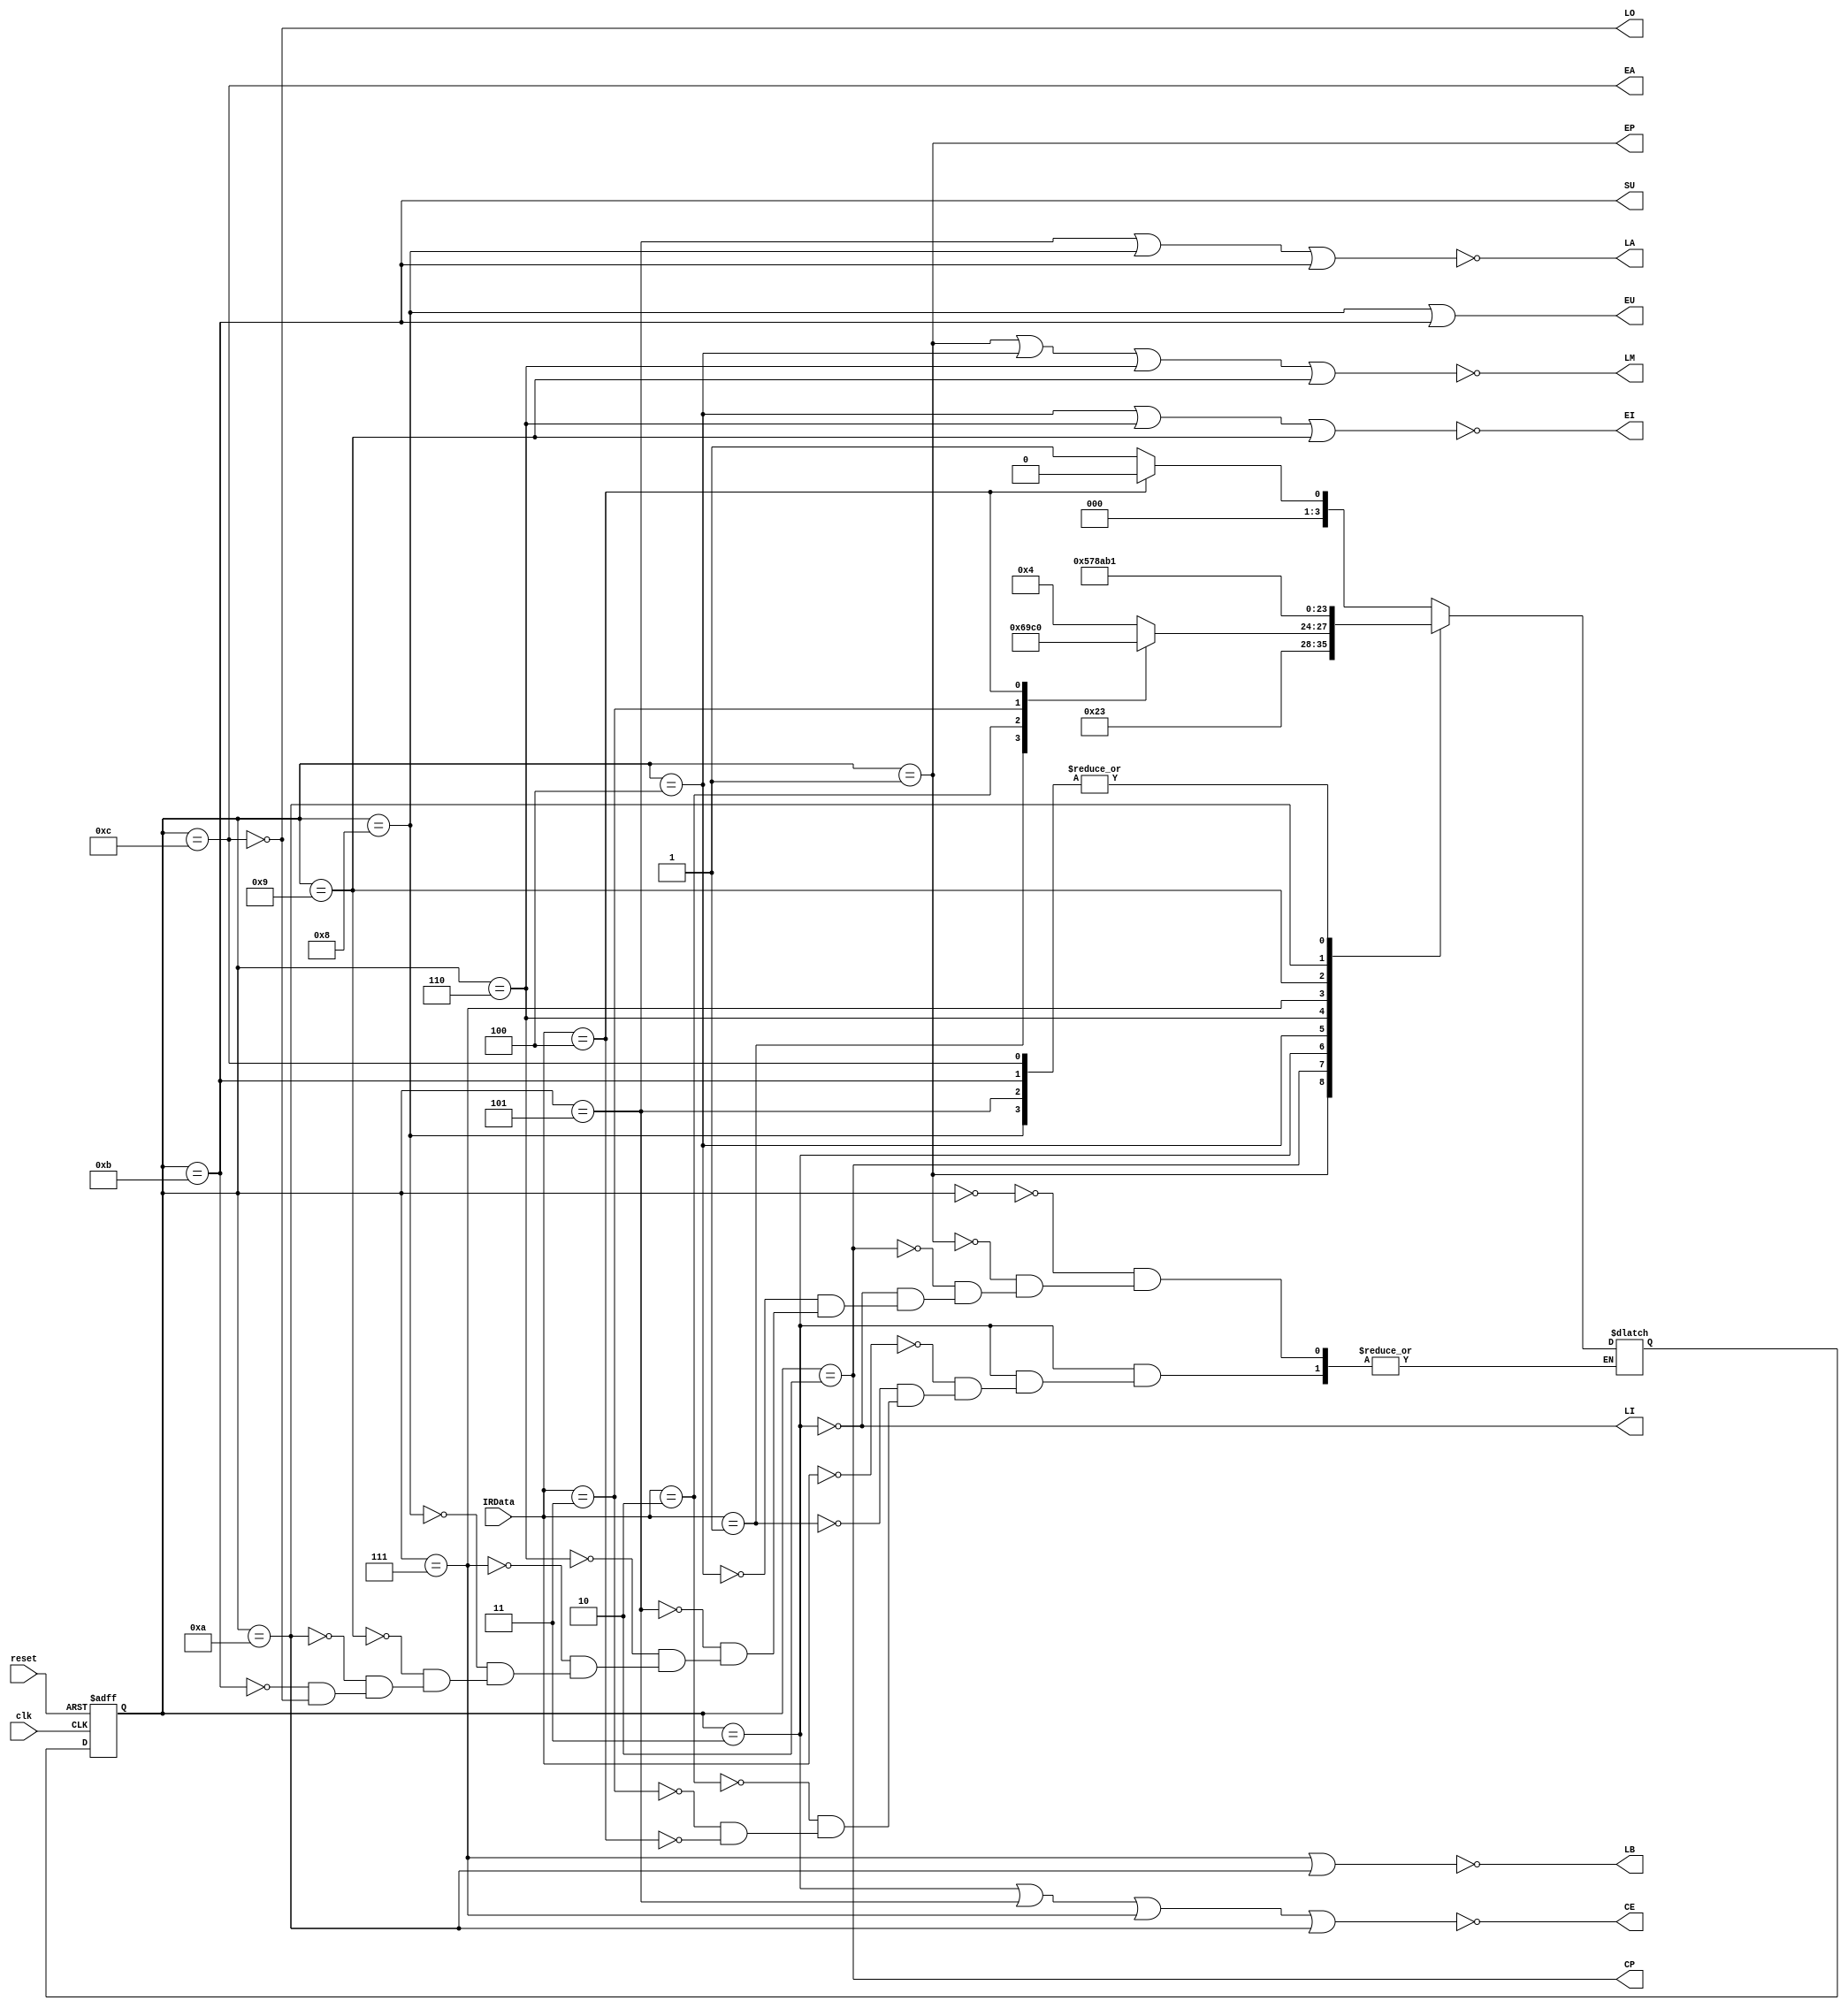
module SAPCONTROLLER(clk, reset, IRData, CP, EP, LM, CE, LI, EI, LA, EA, SU, EU, LB, LO);
	input [3:0] IRData;
	input clk, reset;
	output CP, EP, LM, CE, LI, EI, LA, EA, SU, EU, LB, LO;
	reg [3:0] y, Y;
	parameter [3:0] S0 = 4'b0000, S1 = 4'b0001, S2 = 4'b0010, S3 = 4'b0011, S4 = 4'b0100, S5 = 4'b0101, S6 = 4'b0110, S7 = 4'b0111, S8 = 4'b1000, S9 = 4'b1001, S10 = 4'b1010, S11 = 4'b1011, S12 = 4'b1100;
	
	always @(negedge reset, posedge clk)
		if (reset == 0)
			y <= S0;
		else
			y <= Y;


	always @(IRData, y)
	begin
		case(y)
			S0: begin
				if (IRData == 4'd4)
					Y = S0;
				else
					Y = S1;
			end

			S1: Y = S2;

			S2: Y = S3;

			S3: begin
				case (IRData)
					4'd0: Y = S4;
					4'd1: Y = S6;
					4'd2: Y = S9;
					4'd3: Y = S12;
					4'd4: Y = S0;
				endcase
			end

			S4: Y = S5;

			S5: Y = S1;

			S6: Y = S7;

			S7: Y = S8;

			S8: Y = S1;

			S9: Y = S10;

			S10: Y = S11;

			S11: Y = S1;

			S12: Y = S1;
		endcase
	end
	

	assign CP = (y == S2);
	assign EP = (y == S1);
	assign LM = ~((y == S1) | (y == S4) | (y == S6) | (y == S9));
	assign CE = ~((y == S3) | (y == S5) | (y == S7) | (y == S10));
	assign LI = ~(y == S3);
	assign EI = ~((y == S4) | (y == S6) | (y == S9));
	assign LA = ~((y == S5) | (y == S8) | (y == S11));
	assign EA = (y == S12);
	assign SU = (y == S11);
	assign EU = ((y == S8) | (y == S11));
	assign LB = ~((y == S7) | (y == S10));
	assign LO = ~(y == S12);
endmodule